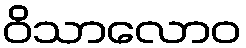
ဝိသာလောဝ